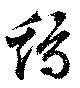
鶏